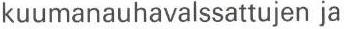
kuumanauhavalssattujen ja